Source: Handwritten
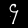
Digit: ၄ (4)